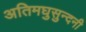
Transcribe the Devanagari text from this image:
अतिमघुसुन्दनी